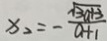
x _ { 2 } = - \frac { \sqrt { 3 a + 3 } } { a + 1 }